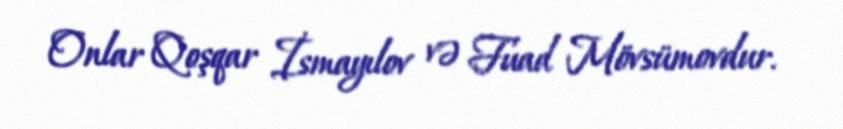
Onlar Qoşqar İsmayılov və Fuad Mövsümovdur.